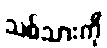
သစ်သားကို